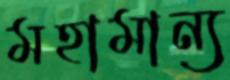
মহামান্য